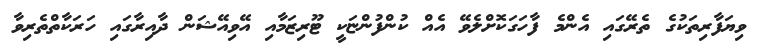
ވިޔަފާރިތަކުގެ ތެރޭގައި އެންމެ ފާހަގަކޮށްލެވޭ އެއް ކުންފުންޏަކީ ޓޫރިޒަމާއި އޭވިއޭޝަން ދާއިރާގައި ހަރަކާތްތެރިވާ